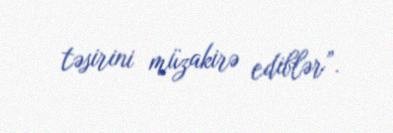
təsirini müzakirə ediblər”.